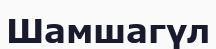
Шамшагүл